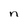
Character: n